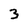
Character: 3